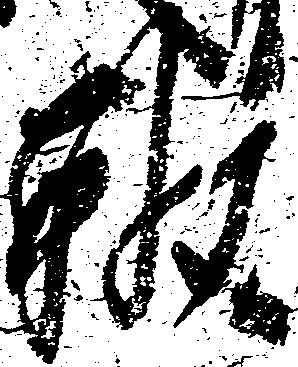
雅